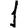
Digit: 1